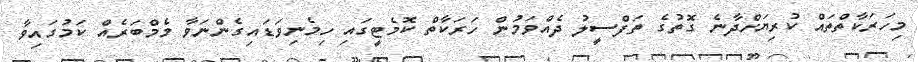
މިހަރަކާތްތައް ކުރިޔަށްދާނެ ގޮތުގެ ތަފްސީލު ދެއްވަމުން ހަރަކާތް ކޮމެޓީގައި ހިމެނިވަޑައިގެންނަވާ މެމްބަރެއް ކަމުގައިވާ